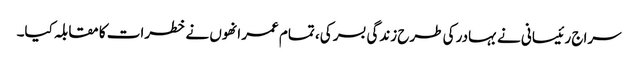
سراج رئیسانی نے بہادر کی طرح زندگی بسر کی، تمام عمر انھوں نے خطرات کا مقابلہ کیا۔